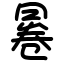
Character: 㒽